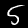
Label: 5